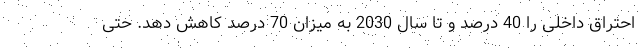
احتراق داخلی را 40 درصد و تا سال 2030 به میزان 70 درصد کاهش دهد. حتی